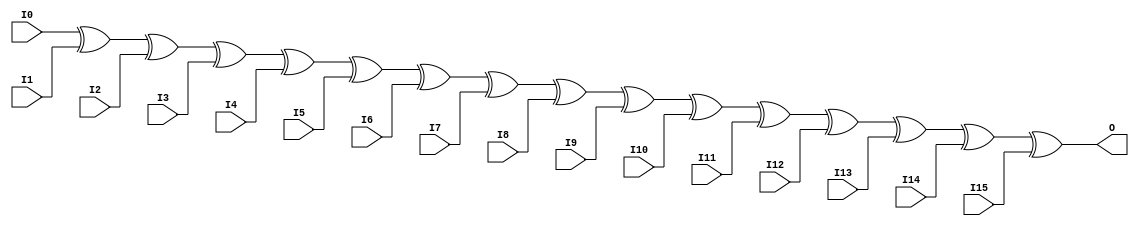
//    Xilinx Proprietary Primitive Cell X_XOR16 for Verilog
//
// $Header: /devl/xcs/repo/env/Databases/CAEInterfaces/verplex_libs/data/simprims/X_XOR16.v,v 1.3.198.3 2004/09/28 20:47:46 wloo Exp $
//

`celldefine
`timescale 1 ps/1 ps

module X_XOR16 (O, I0, I1, I2, I3, I4, I5, I6, I7,
                I8, I9, I10, I11, I12, I13, I14, I15);

  output O;
  input I0, I1, I2, I3, I4, I5, I6, I7,
        I8, I9, I10, I11, I12, I13, I14, I15;

  xor (O, I0, I1, I2, I3, I4, I5, I6, I7,
       I8, I9, I10, I11, I12, I13, I14, I15);

endmodule